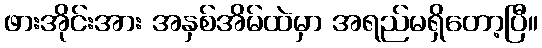
ဖားအိုင်းအား အနှစ်အိမ်ထဲမှာ အရည်မရှိတော့ပြီ။